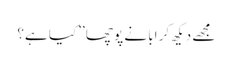
مجھے دیکھ کر ابا نے پوچھا ’’کیا ہے؟